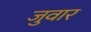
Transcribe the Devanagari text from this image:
जुवार